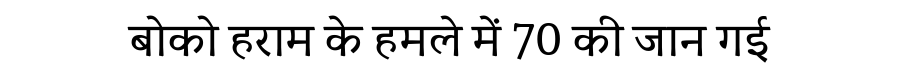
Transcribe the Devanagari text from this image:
बोको हराम के हमले में 70 की जान गई